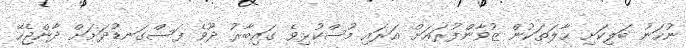
ނުހަނު ބަލިކަށި ޙާލަތަކުން ޒުވާންފުރައަށް އަރައި މުސްކުޅިވެ ގައިބާރު ދޫވެ ފަސްގަނޑުދަށަށް ދާންޖެހޭ